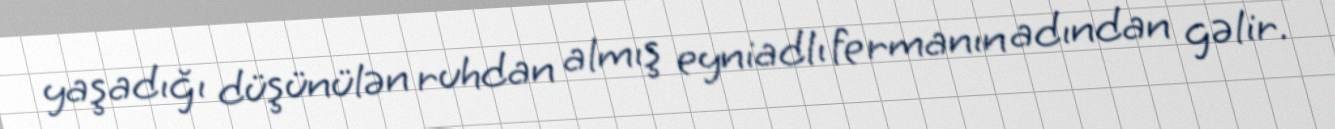
yaşadığı düşünülən ruhdan almış eyniadlı fermanın adından gəlir.